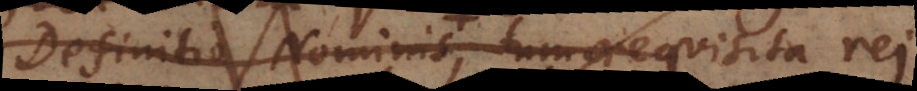
Definitio Nominis seu requisita